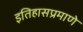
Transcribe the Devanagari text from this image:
इतिहासप्रमाणे